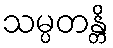
သမ္ပတန္တိ